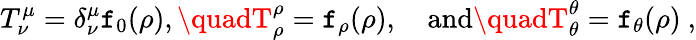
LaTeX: T_{\nu}^{\mu}=\delta_{\nu}^{\mu}\mathtt{f}_{0}(\rho),\quadT_{\rho}^{\rho}=\mathtt{f}_{\rho}(\rho),\quad\mathrm{{and}}\quadT_{\theta}^{\theta}=\mathtt{f}_{\theta}(\rho)~,